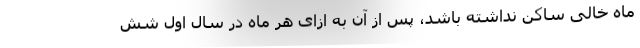
ماه خالی ساکن نداشته باشد، پس از آن به ازای هر ماه در سال اول شش